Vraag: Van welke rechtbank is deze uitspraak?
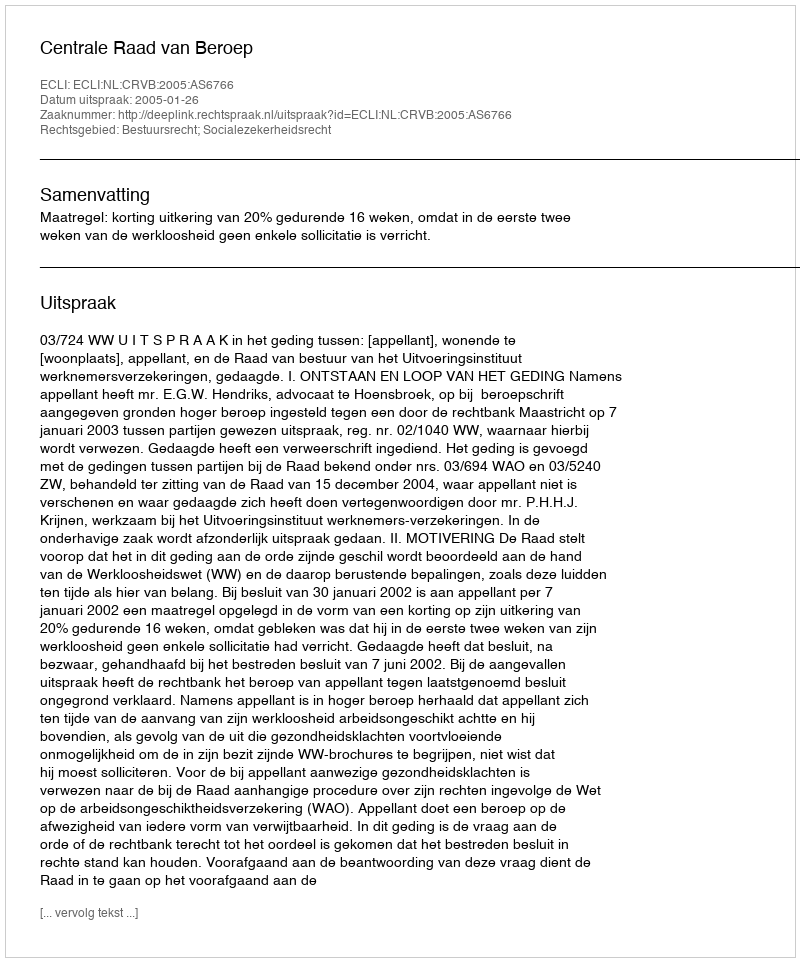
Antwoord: Centrale Raad van Beroep